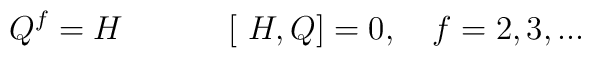
Q^{f}=H  \:\:\:\:\:\:\,\:\:\:\:\:\:\ [\ H, Q]=0, \:\:\:\ f=2, 3,...